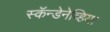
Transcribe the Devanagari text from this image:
स्कॅन्डेनेव्हिया